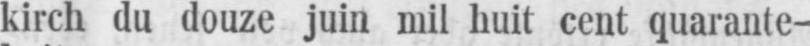
kirch du douze juin mil huit cent quarante-